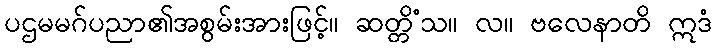
ပဌမမဂ်ပညာ၏အစွမ်းအားဖြင့်။ ဆတ္တိံသ။ လ။ ဗလေနာတိ ဣဒံ